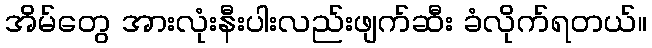
အိမ်တွေ အားလုံးနီးပါးလည်းဖျက်ဆီး ခံလိုက်ရတယ်။